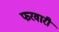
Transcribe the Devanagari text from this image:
फरवारी